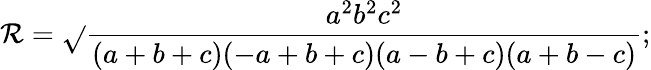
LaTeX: \mathcal{R}={\sqrt{}{{\frac{{a^{2}b^{2}c^{2}}}{{(a+b+c)(-a+b+c)(a-b+c)(a+b-c)}}}}};